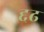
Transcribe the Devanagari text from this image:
द्दढ